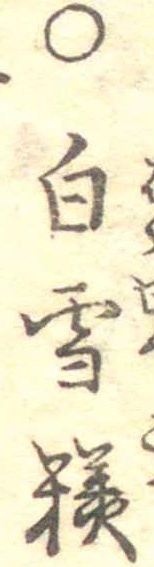
○白雪糕